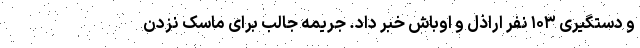
و دستگیری ۱۰۳ نفر اراذل و اوباش خبر داد. جريمه جالب برای ماسک نزدن